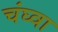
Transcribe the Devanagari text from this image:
चंघ्वा